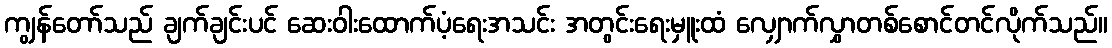
ကျွန်တော်သည် ချက်ချင်းပင် ဆေးဝါးထောက်ပံ့ရေးအသင်း အတွင်းရေးမှူးထံ လျှောက်လွှာတစ်စောင်တင်လိုက်သည်။